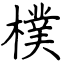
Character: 樸